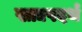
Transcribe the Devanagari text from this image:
खाद्यपदर्थ